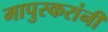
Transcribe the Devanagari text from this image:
मापुस्करांनी